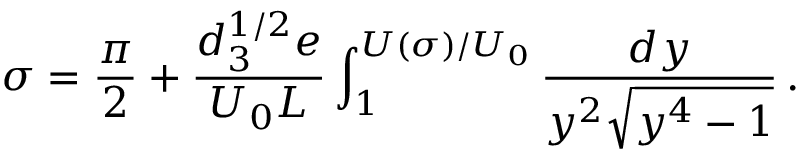
\sigma = { \frac { \pi } { 2 } } + \frac { d _ { 3 } ^ { 1 / 2 } e } { U _ { 0 } L } \int _ { 1 } ^ { U ( \sigma ) / U _ { 0 } } \frac { d y } { y ^ { 2 } \sqrt { y ^ { 4 } - 1 } } \, .